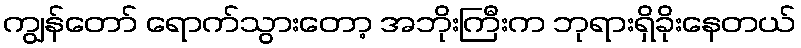
ကျွန်တော် ရောက်သွားတော့ အဘိုးကြီးက ဘုရားရှိခိုးနေတယ်